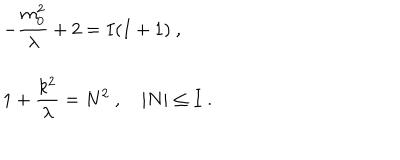
\begin{array} { l } { { \displaystyle - \frac { m _ { 0 } ^ { 2 } } { \lambda } + 2 = I ( I + 1 ) ~ , } } \\ { { \displaystyle 1 + \frac { k ^ { 2 } } { \lambda } = N ^ { 2 } ~ , \quad | N | \leq { I } ~ . } } \\ \end{array}